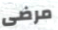
مرضى